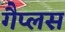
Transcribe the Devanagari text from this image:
गैप्लस